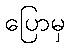
ပြောမှ